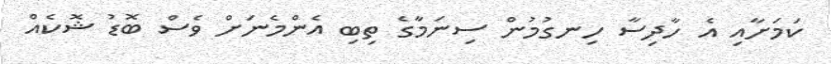
ކަމަށާއި އެ ހާދިސާ ހިނގުމުން ސިނަމާގެ ތިބި އެންމެނަށް ވެސް ބޮޑު ޝޮކެއް